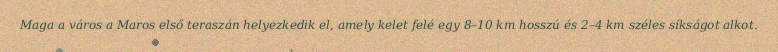
Maga a város a Maros első teraszán helyezkedik el, amely kelet felé egy 8–10 km hosszú és 2–4 km széles síkságot alkot.